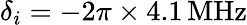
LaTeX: \delta_{i}=-2\pi\times 4.1\, \mathrm{{MHz}}